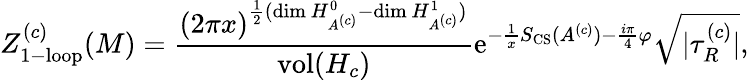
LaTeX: Z_{\mathrm{1-loop}}^{(c)}(M)={\frac{(2\pi x)^{{\frac{1}{2}}(\mathrm{dim}\, H_{A^{(c)}}^{0}-\mathrm{dim}\, H_{A^{(c)}}^{1})}}{\mathrm{vol}(H_{c})}}\mathrm{e}^{-{\frac{1}{x}}S_{\mathrm{CS}}(A^{(c)})-{\frac{i\pi}{4}}\varphi}{\sqrt{|\tau_{R}^{(c)}|}},